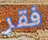
فقر